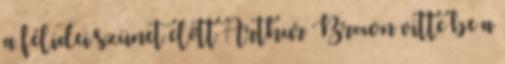
a félidei szünet előtt Arthur Brown vitte be a